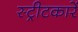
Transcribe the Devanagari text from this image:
स्ट्रीटकारें